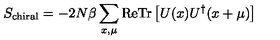
S _ { \mathrm { c h i r a l } } = - 2 N \beta \sum _ { x , \mu } \mathrm { R e } \mathrm { T r } \left[ U ( x ) U ^ { \dagger } ( x + \mu ) \right]